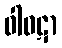
ဝါဝဋာ